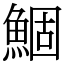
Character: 鯝